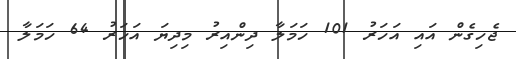
ޖެހިގެން އައި އަހަރު 101 ހަމަލާ ދިންއިރު މިދިޔަ އަހަރު 64 ހަމަލާ